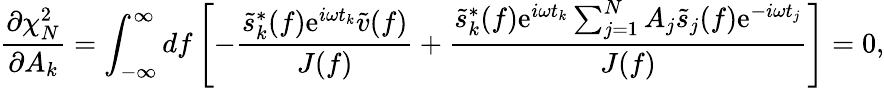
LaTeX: \frac{\partial\chi_{N}^{2}}{\partial A_{k}}=\int_{-\infty}^{\infty}\mathop{df}\left[-\frac{\tilde{s}_{k}^{*}(f)\mathrm{e}^{i\omega t_{k}}\tilde{v}(f)}{J(f)}+\frac{\tilde{s}_{k}^{*}(f)\mathrm{e}^{i\omega t_{k}}\sum_{j=1}^{N}A_{j}\tilde{s}_{j}(f)\mathrm{e}^{-i\omega t_{j}}}{J(f)}\right]=0,